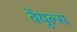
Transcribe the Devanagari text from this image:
वेंयुल्स